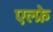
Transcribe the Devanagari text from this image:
एल्फ्रे